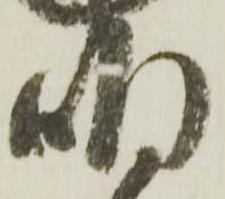
明